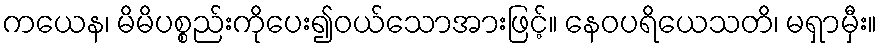
ကယေန၊ မိမိပစ္စည်းကိုပေး၍ဝယ်သောအားဖြင့်။ နေဝပရိယေသတိ၊ မရှာမှီး။